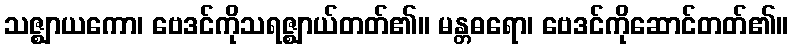
သဇ္ဈာယကော၊ ဗေဒင်ကိုသရဇ္ဈာယ်တတ်၏။ မန္တဓရော၊ ဗေဒင်ကိုဆောင်တတ်၏။